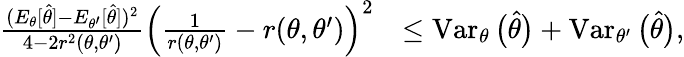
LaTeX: \begin{array}{rl}{\frac{(E_{\theta}[\widehat\theta]-E_{\theta^{\prime}}[\widehat\theta])^{2}}{4-2r^{2}(\theta,\theta^{\prime})}\Big(\frac{1}{r(\theta,\theta^{\prime})}-r(\theta,\theta^{\prime})\Big)^{2}}&{\leq\operatorname{Var}_{\theta}\big(\widehat\theta\big)+\operatorname{Var}_{\theta^{\prime}}\big(\widehat\theta\big),}\end{array}